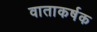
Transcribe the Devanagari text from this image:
वाताकर्षक